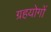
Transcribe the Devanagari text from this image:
ग्रहयोगों